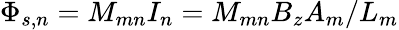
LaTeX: \Phi_{s,n}=M_{mn}I_{n}=M_{mn}B_{z}A_{m}/L_{m}